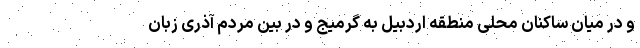
و در میان ساکنان محلی منطقه اردبیل به گرمیج و در بین مردم آذری زبان